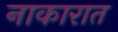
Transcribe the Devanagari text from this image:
नाकारात